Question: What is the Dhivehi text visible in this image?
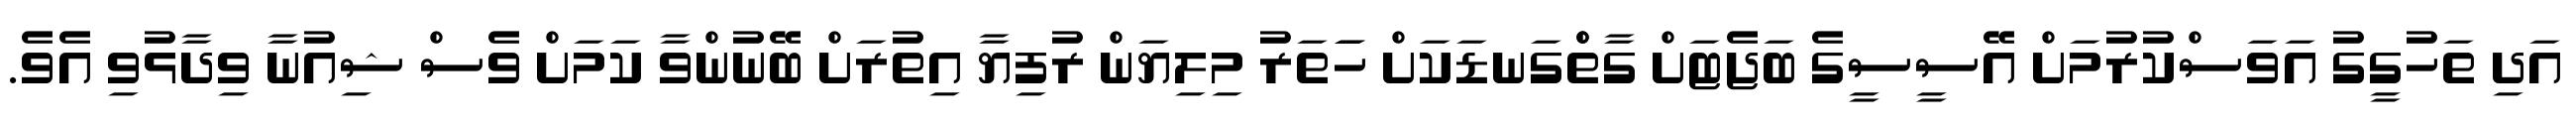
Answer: އަދި ތަހުގީގު އަވަސްކުރުމަށް އޭސީސީގެ ބަޖެޓަށް ގާތްްގަނޑަކަށް ހަަތަރު މިލިޔަން ރުފިޔާ އިތުރަށް ބޭނުންވާ ކަމަށް ވެސް ޝިއުނާ ވިދާޅުވި އެވެ.